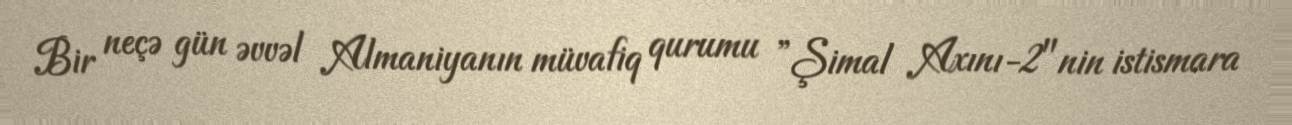
Bir neçə gün əvvəl Almaniyanın müvafiq qurumu ”Şimal Axını-2"nin istismara